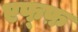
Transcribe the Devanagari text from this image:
एफ्फ़